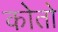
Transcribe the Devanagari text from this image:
कोतो